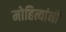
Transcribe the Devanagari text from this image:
मोहित्यांनी